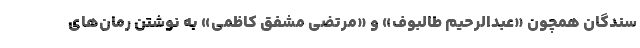
سندگان همچون «عبدالرحیم طالبوف» و «مرتضی مشفق کاظمی» به نوشتن رمان‌های